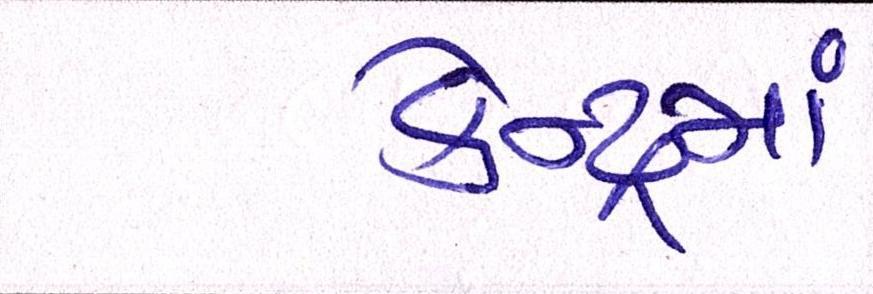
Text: કેન્દ્રમાં